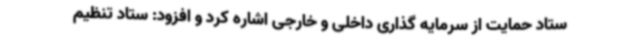
ستاد حمایت از سرمایه گذاری داخلی و خارجی اشاره کرد و افزود: ستاد تنظیم